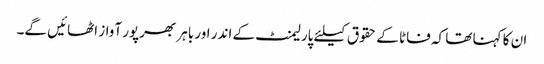
ان کا کہنا تھا کہ فاٹا کے حقوق کیلئے پارلیمنٹ کے اندر اور باہر بھرپور آواز اٹھائیں گے۔